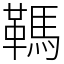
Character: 䩻